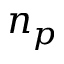
n _ { p }